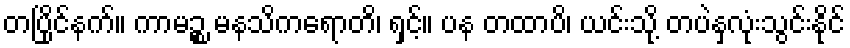
တပြိုင်နက်။ ကာမဉ္စ မနသိကရောတိ၊ ရှင့်။ ပန တထာပိ၊ ယင်းသို့ တပဲနှလုံးသွင်းနိုင်